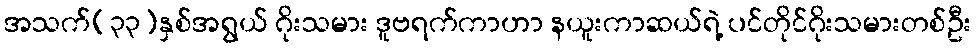
အသက်(၃၃)နှစ်အရွယ် ဂိုးသမား ဒူဗရက်ကာဟာ နယူးကာဆယ်ရဲ့ ပင်တိုင်ဂိုးသမားတစ်ဦး